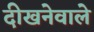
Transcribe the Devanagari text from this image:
दीखनेवाले